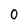
Character: 0